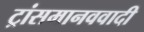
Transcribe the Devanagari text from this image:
ट्रांसमानववादी